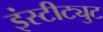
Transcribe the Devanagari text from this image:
इंस्‍टीट्युट